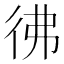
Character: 彿